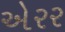
એરર